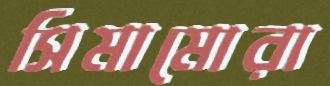
সিমামোরা